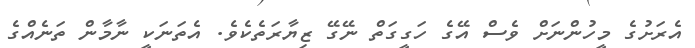
އެރަށުގެ މީހުންނަށް ވެސް އޭގެ ހަގީގަތް ނޭގޭ ޒިޔާރަތެކެވެ. އެތަނަކީ ނާމާން ތަނެއްގެ